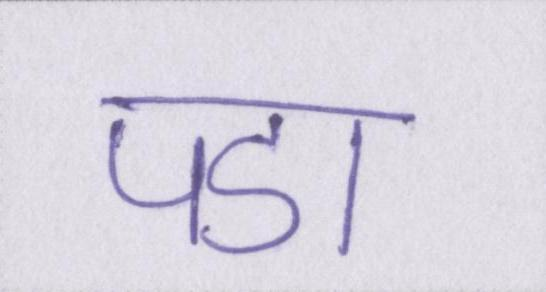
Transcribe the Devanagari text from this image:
पडा